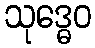
သုဒ္ဓေဝ